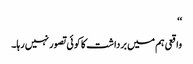
‘‘
واقعی ہم میں برداشت کا کوئی تصور نہیں رہا۔